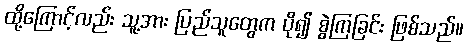
ထို့ကြောင့်လည်း သူ့အား ပြည်သူတွေက ပို၍ စွဲကြခြင်း ဖြစ်သည်။